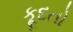
કૂદતો